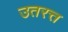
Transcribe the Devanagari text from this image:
उतरत्त